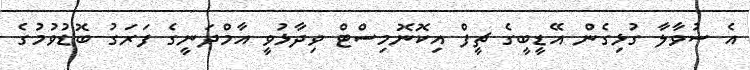
އެ ސުވާލާ ގުޅިގެން އޭޑީބީގެ ޗީފް އިކޮނޮމިސްޓް ވިދާޅުވީ އާމްދަނީގެ ފަރަގު ބޮޑުވުމުގެ